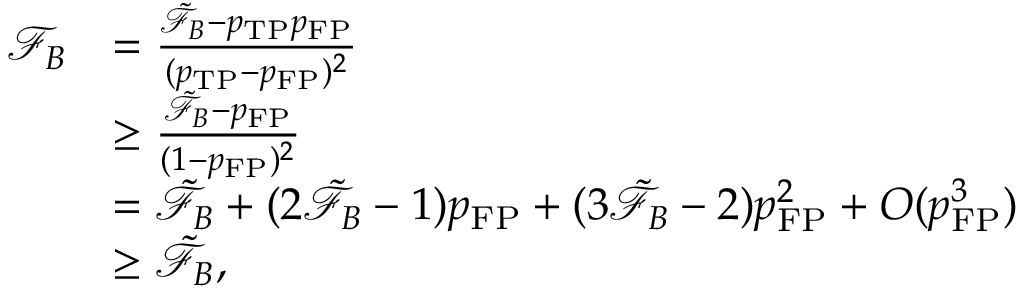
\begin{array} { r l } { \mathcal { F } _ { B } } & { = \frac { \tilde { \mathcal { F } } _ { B } - p _ { \mathrm { T P } } p _ { \mathrm { F P } } } { ( p _ { \mathrm { T P } } - p _ { \mathrm { F P } } ) ^ { 2 } } } \\ & { \ge \frac { \tilde { \mathcal { F } } _ { B } - p _ { \mathrm { F P } } } { ( 1 - p _ { \mathrm { F P } } ) ^ { 2 } } } \\ & { = \tilde { \mathcal { F } } _ { B } + ( 2 \tilde { \mathcal { F } } _ { B } - 1 ) p _ { \mathrm { F P } } + ( 3 \tilde { \mathcal { F } } _ { B } - 2 ) p _ { \mathrm { F P } } ^ { 2 } + O ( p _ { \mathrm { F P } } ^ { 3 } ) } \\ & { \ge \tilde { \mathcal { F } } _ { B } , } \end{array}